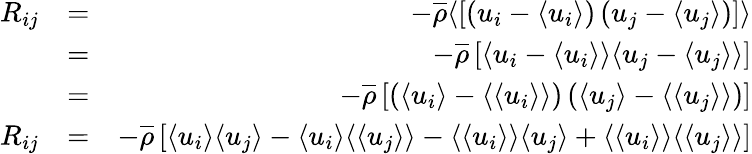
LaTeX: \begin{array}{rlr}{R_{ij}}&{=}&{-\overline{{\rho}}\langle\left[\left(u_{i}-\langle u_{i}\rangle\right)\left(u_{j}-\langle u_{j}\rangle\right)\right]\rangle}\\ &{=}&{-\overline{{\rho}}\left[\langle u_{i}-\langle u_{i}\rangle\rangle\langle u_{j}-\langle u_{j}\rangle\rangle\right]}\\ &{=}&{-\overline{{\rho}}\left[\left(\langle u_{i}\rangle-\langle\langle u_{i}\rangle\rangle\right)\left(\langle u_{j}\rangle-\langle\langle u_{j}\rangle\rangle\right)\right]}\\ {R_{ij}}&{=}&{-\overline{{\rho}}\left[\langle u_{i}\rangle\langle u_{j}\rangle-\langle u_{i}\rangle\langle\langle u_{j}\rangle\rangle-\langle\langle u_{i}\rangle\rangle\langle u_{j}\rangle+\langle\langle u_{i}\rangle\rangle\langle\langle u_{j}\rangle\rangle\right]}\end{array}